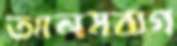
আলমবাগ